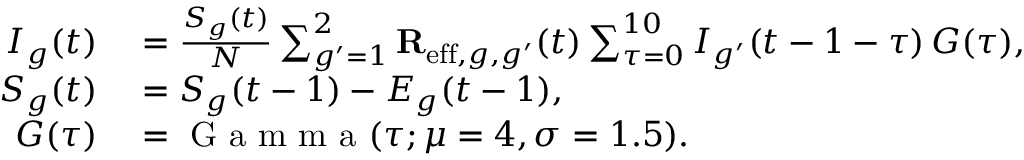
\begin{array} { r l } { I _ { g } ( t ) } & { { } = \frac { S _ { g } ( t ) } { N } \sum _ { g ^ { \prime } = 1 } ^ { 2 } \mathbf { R } _ { \mathrm { e f f } , g , g ^ { \prime } } ( t ) \sum _ { \tau = 0 } ^ { 1 0 } I _ { g ^ { \prime } } ( t - 1 - \tau ) \, G ( \tau ) , } \\ { S _ { g } ( t ) } & { { } = S _ { g } ( t - 1 ) - E _ { g } ( t - 1 ) , } \\ { G ( \tau ) } & { { } = \mathrm { ~ G ~ a ~ m ~ m ~ a ~ } ( \tau ; \mu = 4 , \sigma = 1 . 5 ) . } \end{array}